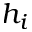
h _ { i }